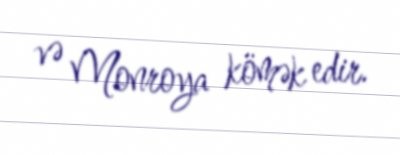
və Monroya kömək edir.